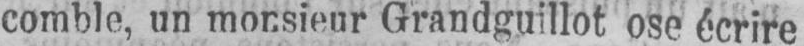
comble, un monsieur Grandguillot ose écrire